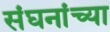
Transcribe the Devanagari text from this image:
संघनांच्या